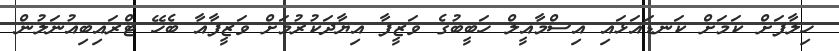
ހިލާފަށް ކަމަށް ކަނޑައަޅައި އިސްމާއީލް ހަބީބުގެ ވަޒީފާ އިޔާދަކުރުމަށް ވަޒީފާއާ ބެހޭ ޓްރައިބިއުނަލުން